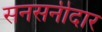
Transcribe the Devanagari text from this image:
सनसनीदार